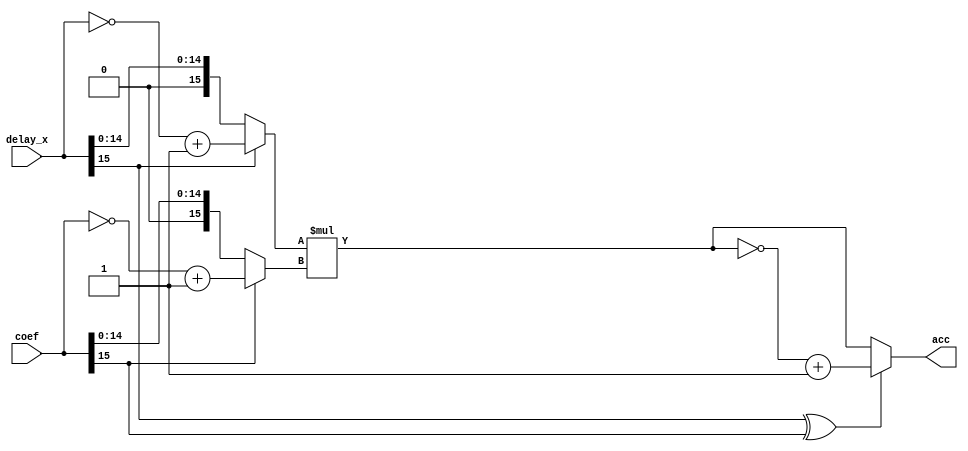
module multiply
(
    input [0:15] delay_x, coef,
    output [0:31] acc
);
    wire [0:15] mul_1, mul_2;
    wire [0:32] num;
    assign mul_1 = (delay_x[0] == 1'b1) ? (~delay_x + 1'b1) : delay_x;
    assign mul_2 = (coef[0] == 1'b1) ? (~coef + 1'b1) : coef;
    assign num = mul_1 * mul_2;
    assign acc = (delay_x[0] ^ coef[0] == 1) ? (~num + 1'b1) : num;
    // reg [32:0] add_1, add_2;
    // assign add_1 = (num_out[23] == 1'b1) ? {1'b1, num_out} : {1'b0, num_out};
    // assign add_2 = (y_in[23] == 1'b1) ? {1'b1, y_in} : {1'b0, y_in};
endmodule

module addition
(

);
endmodule